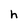
Character: h